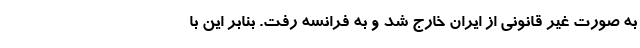
به صورت غیر قانونی از ایران خارج شد و به فرانسه رفت. بنابر این با